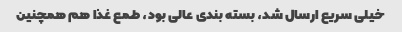
خیلی سریع ارسال شد، بسته بندی عالی بود، طمع غذا هم همچنین